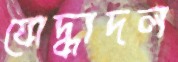
যোদ্ধাদল